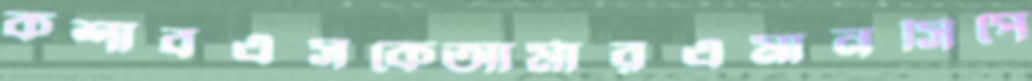
কশাবএসকেআর্মারএমানসিপে